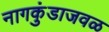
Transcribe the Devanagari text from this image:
नागकुंडाजवळ